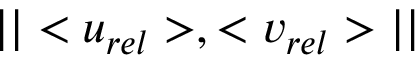
| | < u _ { r e l } > , < v _ { r e l } > | |